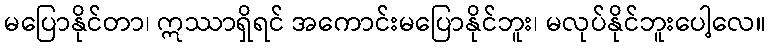
မပြောနိုင်တာ၊ ဣဿာရှိရင် အကောင်းမပြောနိုင်ဘူး၊ မလုပ်နိုင်ဘူးပေါ့လေ။